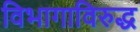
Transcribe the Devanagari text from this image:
विभागाविरुद्ध